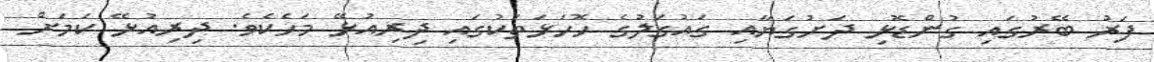
ފަރު ބޭރުގައި ގުންޑޮޅި ދަށުގަޔާއި ގައުގަލުގެ ހޮހަޅަތަކުގައި ދިރިއުޅޭ މަހެކެވެ. ދިރިއުޅޭ ކަމަށް